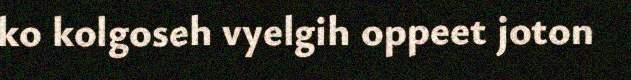
ko kolgoseh vyelgih oppeet joton